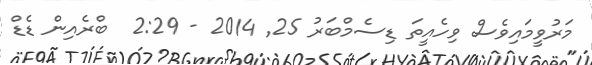
މަރުވީމައިވެސް ވިހެއީތަ ޑިސެމްބަރު 25